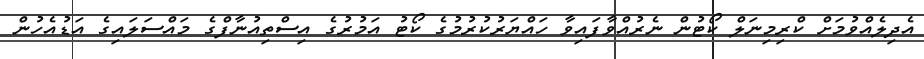
އެދިލެއްވުމަށް ކްރިމިނަލް ކޯޓުން ނެރުއްވާފައިވާ ހައްޔަރުކުރުމުގެ ކޯޓު އަމުރުގެ އިސްތިއުނާފްގެ މައްސަލައިގެ އަޑުއެހުން